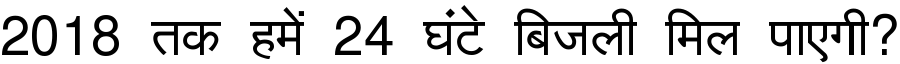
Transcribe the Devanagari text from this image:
2018 तक हमें 24 घंटे बिजली मिल पाएगी?